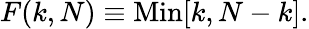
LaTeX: F(k,N)\equiv\mathrm{Min}[k,N-k].